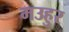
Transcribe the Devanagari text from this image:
मउहुर